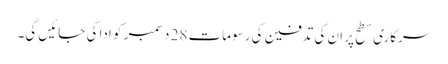
سرکاری سطح پر ان کی تدفین کی رسومات 28 دسمبر کو ادا کی جائیں گی۔